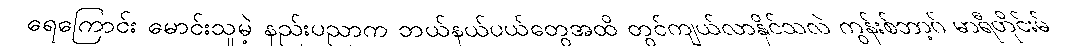
ရေကြောင်း မောင်းသူမဲ့ နည်းပညာက ဘယ်နယ်ပယ်တွေအထိ တွင်ကျယ်လာနိုင်သလဲ ကွန်းစ်ဘာ့ဂ် မာရီတိုင်းမ်